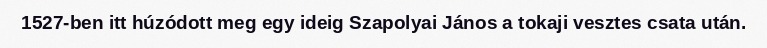
1527-ben itt húzódott meg egy ideig Szapolyai János a tokaji vesztes csata után.